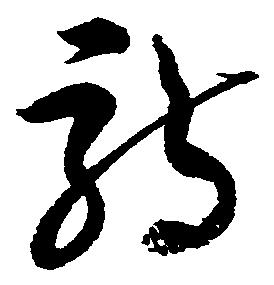
詩